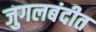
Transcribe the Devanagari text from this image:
जुगलबंदीत